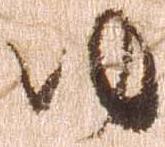
ゆ